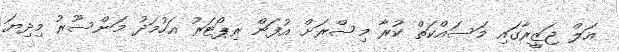
އަލް ޖަޒީރާގައި މަސައްކަތް ކުރާ މިސްރަށް އުފަން ރިޕޯޓަރު އަހުމަދު މަންސޫރު މިދިޔަ